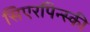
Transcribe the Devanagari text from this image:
सिएरपिन्स्की